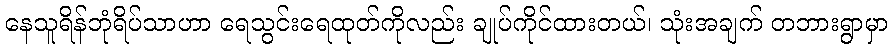
နေသူရိန်ဘုံရိပ်သာဟာ ရေသွင်းရေထုတ်ကိုလည်း ချုပ်ကိုင်ထားတယ်၊ သုံးအချက် တဘားရွာမှာ